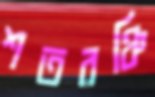
শতরঞ্চি